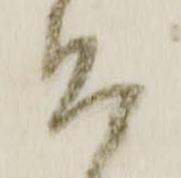
召